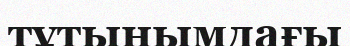
тұтынымдағы